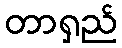
တာရှည်